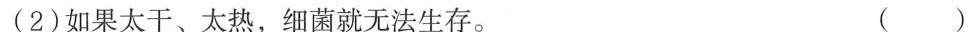
(2)如果太干、太热，细菌就无法生存。 ()